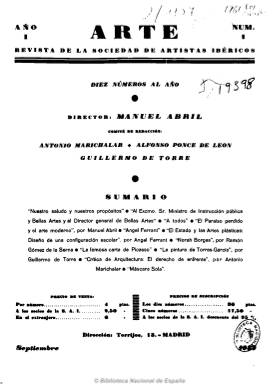
Título: Arte (Madrid. 1932)
Colección: Arte
Ámbito geográfico: Madrid
Lugar de publicación: Madrid
Fechas: 01/09/1932-01/06/1933

Subtitulada como “revista de la Sociedad de Artistas Ibéricos”, sólo llegó a editar dos números, que no alcanzan el medio centenar de páginas cada uno con una frecuencia semestral, y considerada como moderada y cercana al poder republicano establecido. Dirigida por Manuel Abril (1884-1940), su comité de redacción estaba integrado por Guillermo de Torre, que junto a Abril había impulsado en 1925 la SAI, así como Antonio Marichalar y Alfonso Ponce de León, a los que se unen, en el segundo número, Luis Blanco Soler, José María Marañón y Timoteo Pérez Blanco. Aparecen textos, asimismo, de Ramón Gómez de la Serna, Alberto Sánchez, José Bergamín y Pablo Picasso y Angel Ferrant; este último también con ilustraciones, como Antonio Rodríguez Luna.

Dedicada especialmente a la actualidad de las artes plásticas (pintura y escultura) y arquitectura, incluye artículos y biografías, pero especialmente reproducciones de dibujos y obras pictóricas de Salvador Dalí, José Gutiérrez Solana, Daniel Vázquez Díaz, José Moreno Villa y Norah Borges, además de fotografías y algunas litografías, algunas de ellas comentadas.

Existe una reedición facsímil, con edición y prólogo de Manuel Bonet (Sevilla: 2003).